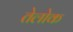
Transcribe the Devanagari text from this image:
तेलोक